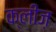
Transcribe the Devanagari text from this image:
क्लीज़